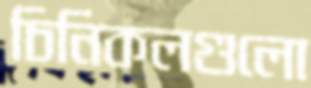
চিনিকলগুলো